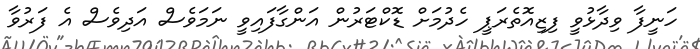
ހަނީފާ ވިދާޅުވީ ފިޒިއޮތެރަޕީ ހެދުމަށް ޑޮކްޓަރުން އަންގާފައިވީ ނަމަވެސް އަދިވެސް އެ ފަރުވާ